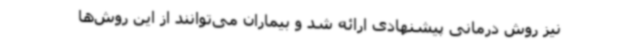
نیز روش درمانی پیشنهادی ارائه شد و بیماران می‌توانند از این روش‌ها